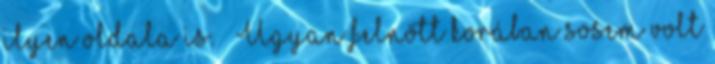
ilyen oldala is. → Ugyan felnőtt korában sosem volt